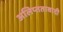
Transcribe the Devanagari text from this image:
अलिप्‍ततावादी